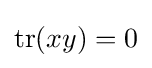
\operatorname {tr} (xy)=0